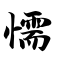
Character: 懦